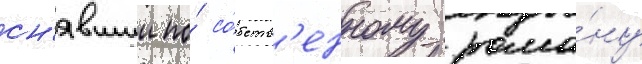
сн'явшии по́ со́бств'енному рома́ну